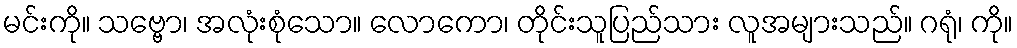
မင်းကို။ သဗ္ဗော၊ အလုံးစုံသော။ လောကော၊ တိုင်းသူပြည်သား လူအများသည်။ ဂရုံ၊ ကို။